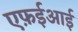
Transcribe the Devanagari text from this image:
एफ़ईआई